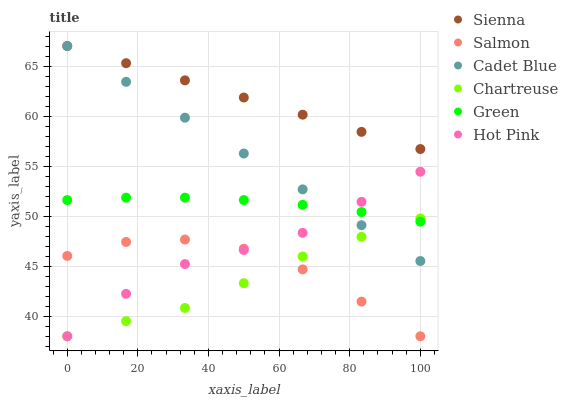
| xaxis_label | Sienna | Salmon | Cadet Blue | Chartreuse | Green | Hot Pink |
 | --- | --- | --- | --- | --- | --- | --- |
 | 0 | 67 | 46 | 67 | 38 | 51.6 | 38 |
 | 16.7 | 65.3 | 47.4 | 63.4 | 39.5 | 51.8 | 42.2 |
 | 33.3 | 63.6 | 47.7 | 59.8 | 40.8 | 51.8 | 45.2 |
 | 50 | 61.9 | 46.7 | 56.3 | 43.3 | 51.6 | 46.6 |
 | 66.7 | 60.1 | 44.7 | 52.7 | 46 | 51.1 | 48.3 |
 | 83.3 | 58.4 | 41.5 | 49.1 | 47.9 | 50.4 | 51.4 |
 | 100 | 56.7 | 38 | 45.5 | 49.8 | 49.5 | 54.4 |